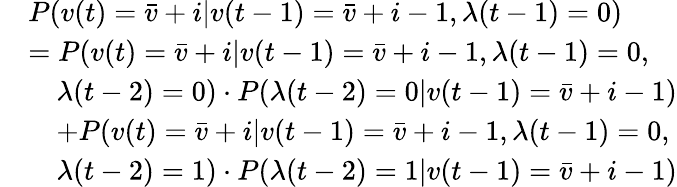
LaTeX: \begin{array}{rl}&{P(v(t)=\bar{v}+i|v(t-1)=\bar{v}+i-1,\lambda(t-1)=0)}\\ &{=P(v(t)=\bar{v}+i|v(t-1)=\bar{v}+i-1,\lambda(t-1)=0,}\\ &{\quad\lambda(t-2)=0)\cdot P(\lambda(t-2)=0|v(t-1)=\bar{v}+i-1)}\\ &{\quad+P(v(t)=\bar{v}+i|v(t-1)=\bar{v}+i-1,\lambda(t-1)=0,}\\ &{\quad\lambda(t-2)=1)\cdot P(\lambda(t-2)=1|v(t-1)=\bar{v}+i-1)}\end{array}